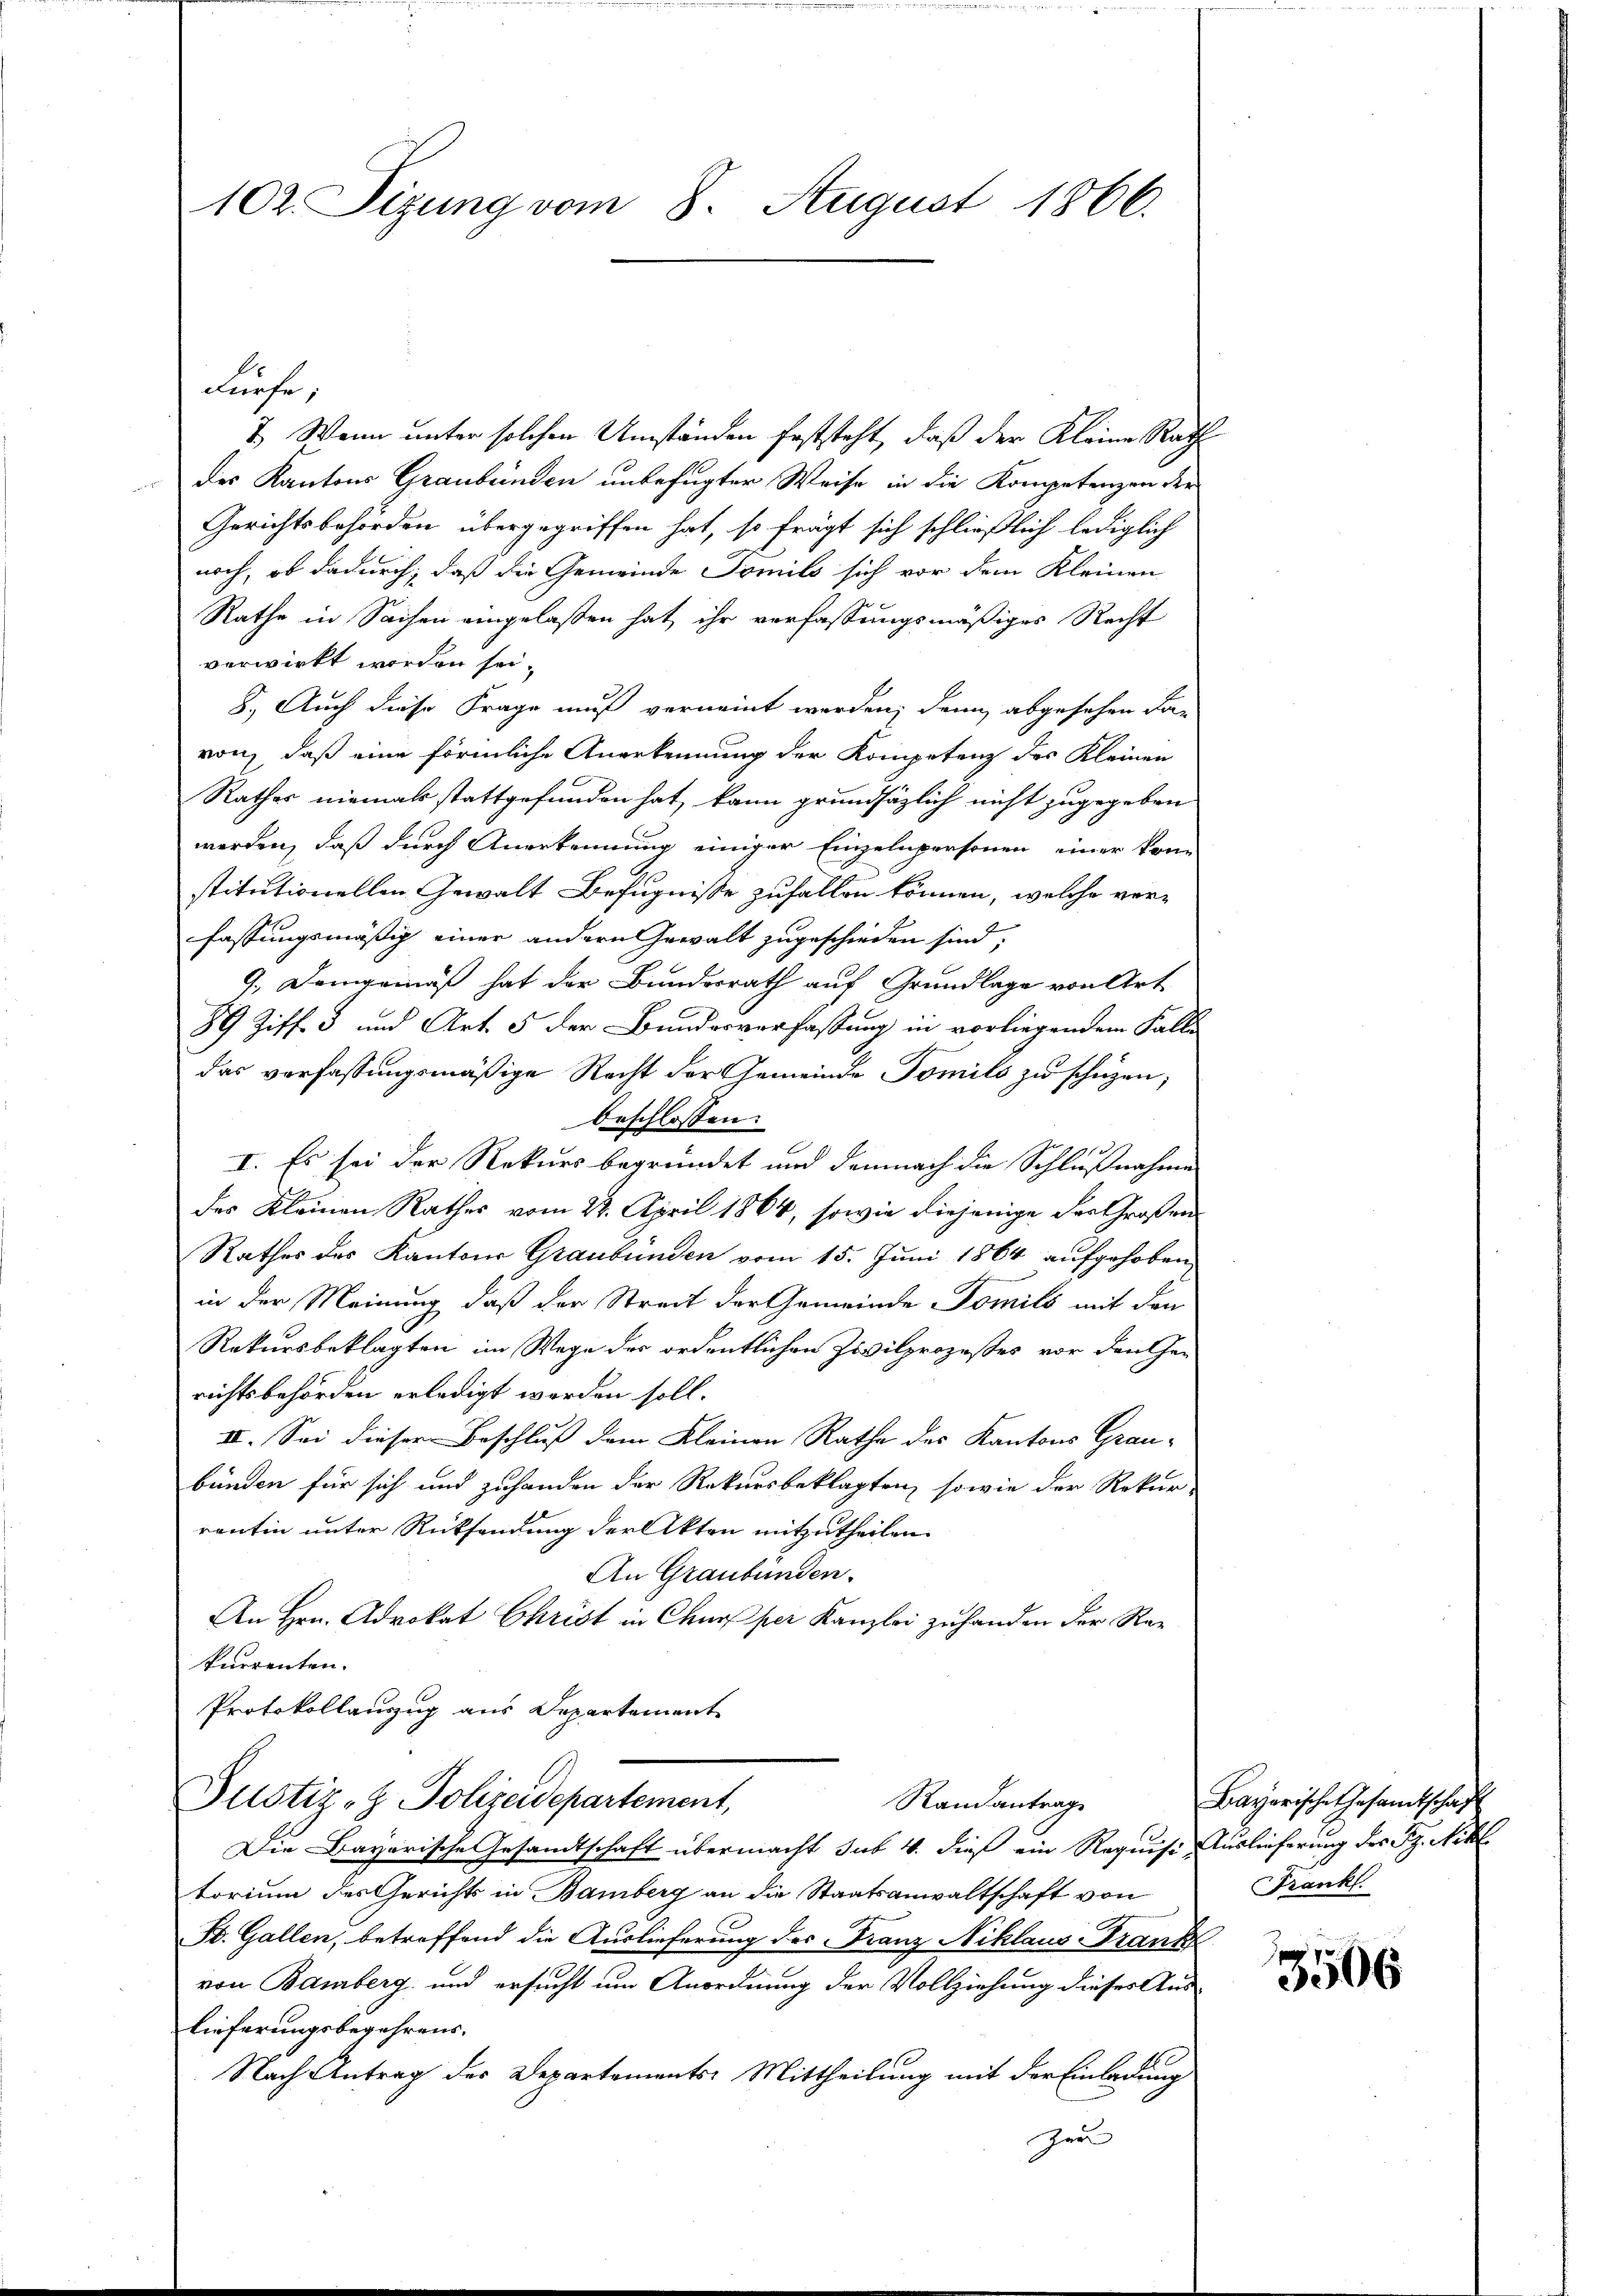
1. Wenn unter solchen Umständen feststeht, daß der Kleine Rath
des Kantons Graubünden unbefugter Weise in die Kompetenzen der
Gerichtsbehörden übergegriffen hat, so frägt sich schließlich lediglich
noch, ob dadurch, daß die Gemeinde Famili sich vor dem Kleinen
Rathe in Sachen eingelaßen hat ihr verfassungsmäßiges Recht
verwirkt worden sei.
8. Auch diese Frage muß verneint werden, denn abgesehen dan
von, daß eine förmliche Anerkennung der Kompetenz des Kleinen
Rathes niemals stattgefunden hat, kann grundsätzlich nicht zugegeben
werden, daß durch Anerkennung einiger Einzelnpersonen einer konn
stitutionellen Gewalt Befugnisse zufallen können, welche verfassungsmäßig einer andern Gewalt zugeschieden sind:
9.) Demgemäß hat der Bundesrath auf Grundlage von Art
89 Ziff. 3 und Art. 5 der Bundesverfassung in vorliegendem Falle
das verfassungsmäßige Recht der Gemeinde Tomils zu schüzen;
beschlossen:
I. Es sei der Rekurs begründet und demnach die Schlußnahme
des Kleinen Rathes vom 22. April 1864, sowie diejenige der Großen
Rathes des Kantons Graubünden vom 15. Juni 1864 aufgehoben
in der Meinung, daß der Streit der Gemeinde Pomils mit den
Rekursbeklagten im Wege des ordentlichen Zivilprozeßes vor den Ge-
richtsbehörden erledigt worden soll.
IV. Sei dieser Beschluß dem Kleinen Rathe des Kantons Grau-
bünden für sich und zuhanden der Rekursbeklagten, sowie der Rekur-
rentin unter Rücksendung der Akten mitzutheilen.
An Graubünden.
An Hrn. Advokat Christ in Chur per Kanzlei zuhanden der Rekurrenten.
Protokollanzug aus Departement

102. Sizung vom 8. August 1866.

ürfe,

Justiz- & Polizeidepartement,
Randantrag

Die Bayerische Gesandtschaft übermacht sub 4. dieß ein Requise Auslieferung des Fr. Nikl.
torium des Gerichts in Bamberg an die Staatsanwaltschaft von
St. Gallen, betreffend die Auslieferung des Franz Niklaus-Frank
von Bamberg und ersucht um Anordnung der Vollziehung dieses Aus¬
Lieferungsbegehrens.
Nach Antrag des Departements: Mittheilung mit der Einladung
Zer

Bayerische Gesamtschaft
Frank

3506